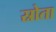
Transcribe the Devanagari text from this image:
स्रोता